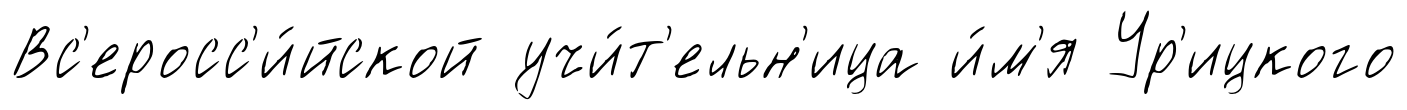
Вс'еросс'и́йской учи́т'ельн'ица и́м'я Ур'ицкого